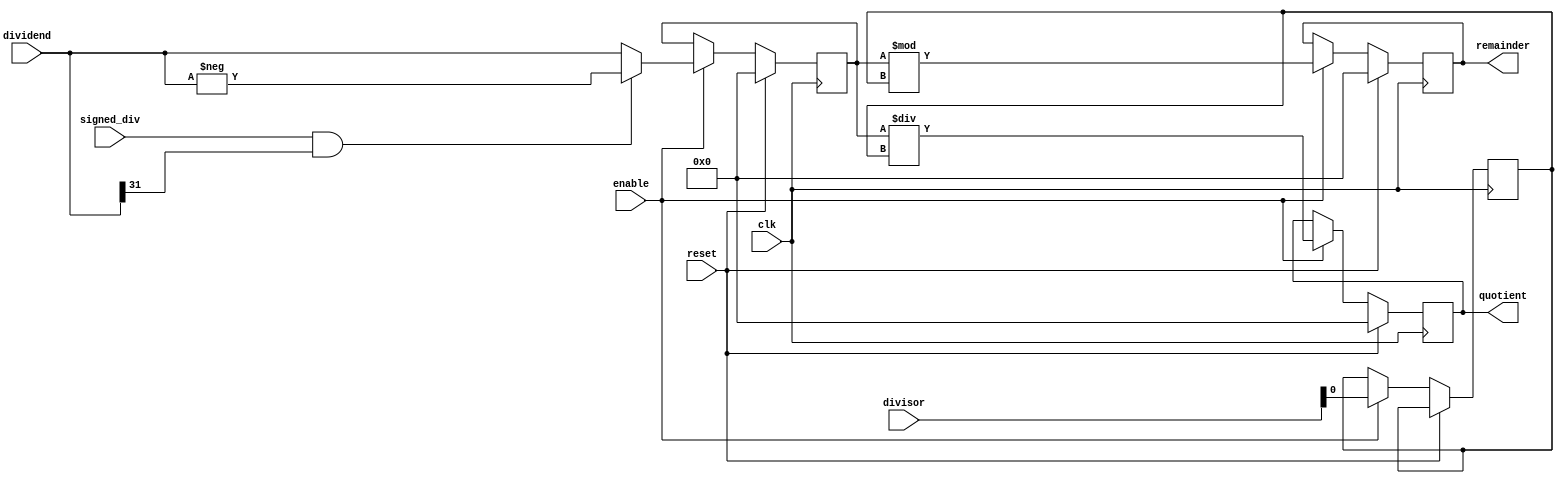
module synchronous_divider (
    input wire clk,
    input wire reset,
    input wire enable,
    input wire signed_div,
    input wire [31:0] dividend,
    input wire [31:0] divisor,
    output reg [31:0] quotient,
    output reg [31:0] remainder
);

reg [31:0] temp_dividend;
reg [31:0] temp_quotient;
reg [31:0] temp_remainder;

always @(posedge clk) begin
    if (reset) begin
        temp_dividend <= 0;
        temp_quotient <= 0;
        temp_remainder <= 0;
    end else if (enable) begin
        if (signed_div && dividend[31] == 1) begin
            temp_dividend <= -dividend;
        end else begin
            temp_dividend <= dividend;
        end
        
        if (signed_div && divisor[31] == 1) begin
            temp_divisor <= -divisor;
        end else begin
            temp_divisor <= divisor;
        end
        
        temp_quotient <= temp_dividend / temp_divisor;
        temp_remainder <= temp_dividend % temp_divisor;
    end
end

assign quotient = temp_quotient;
assign remainder = temp_remainder;

endmodule